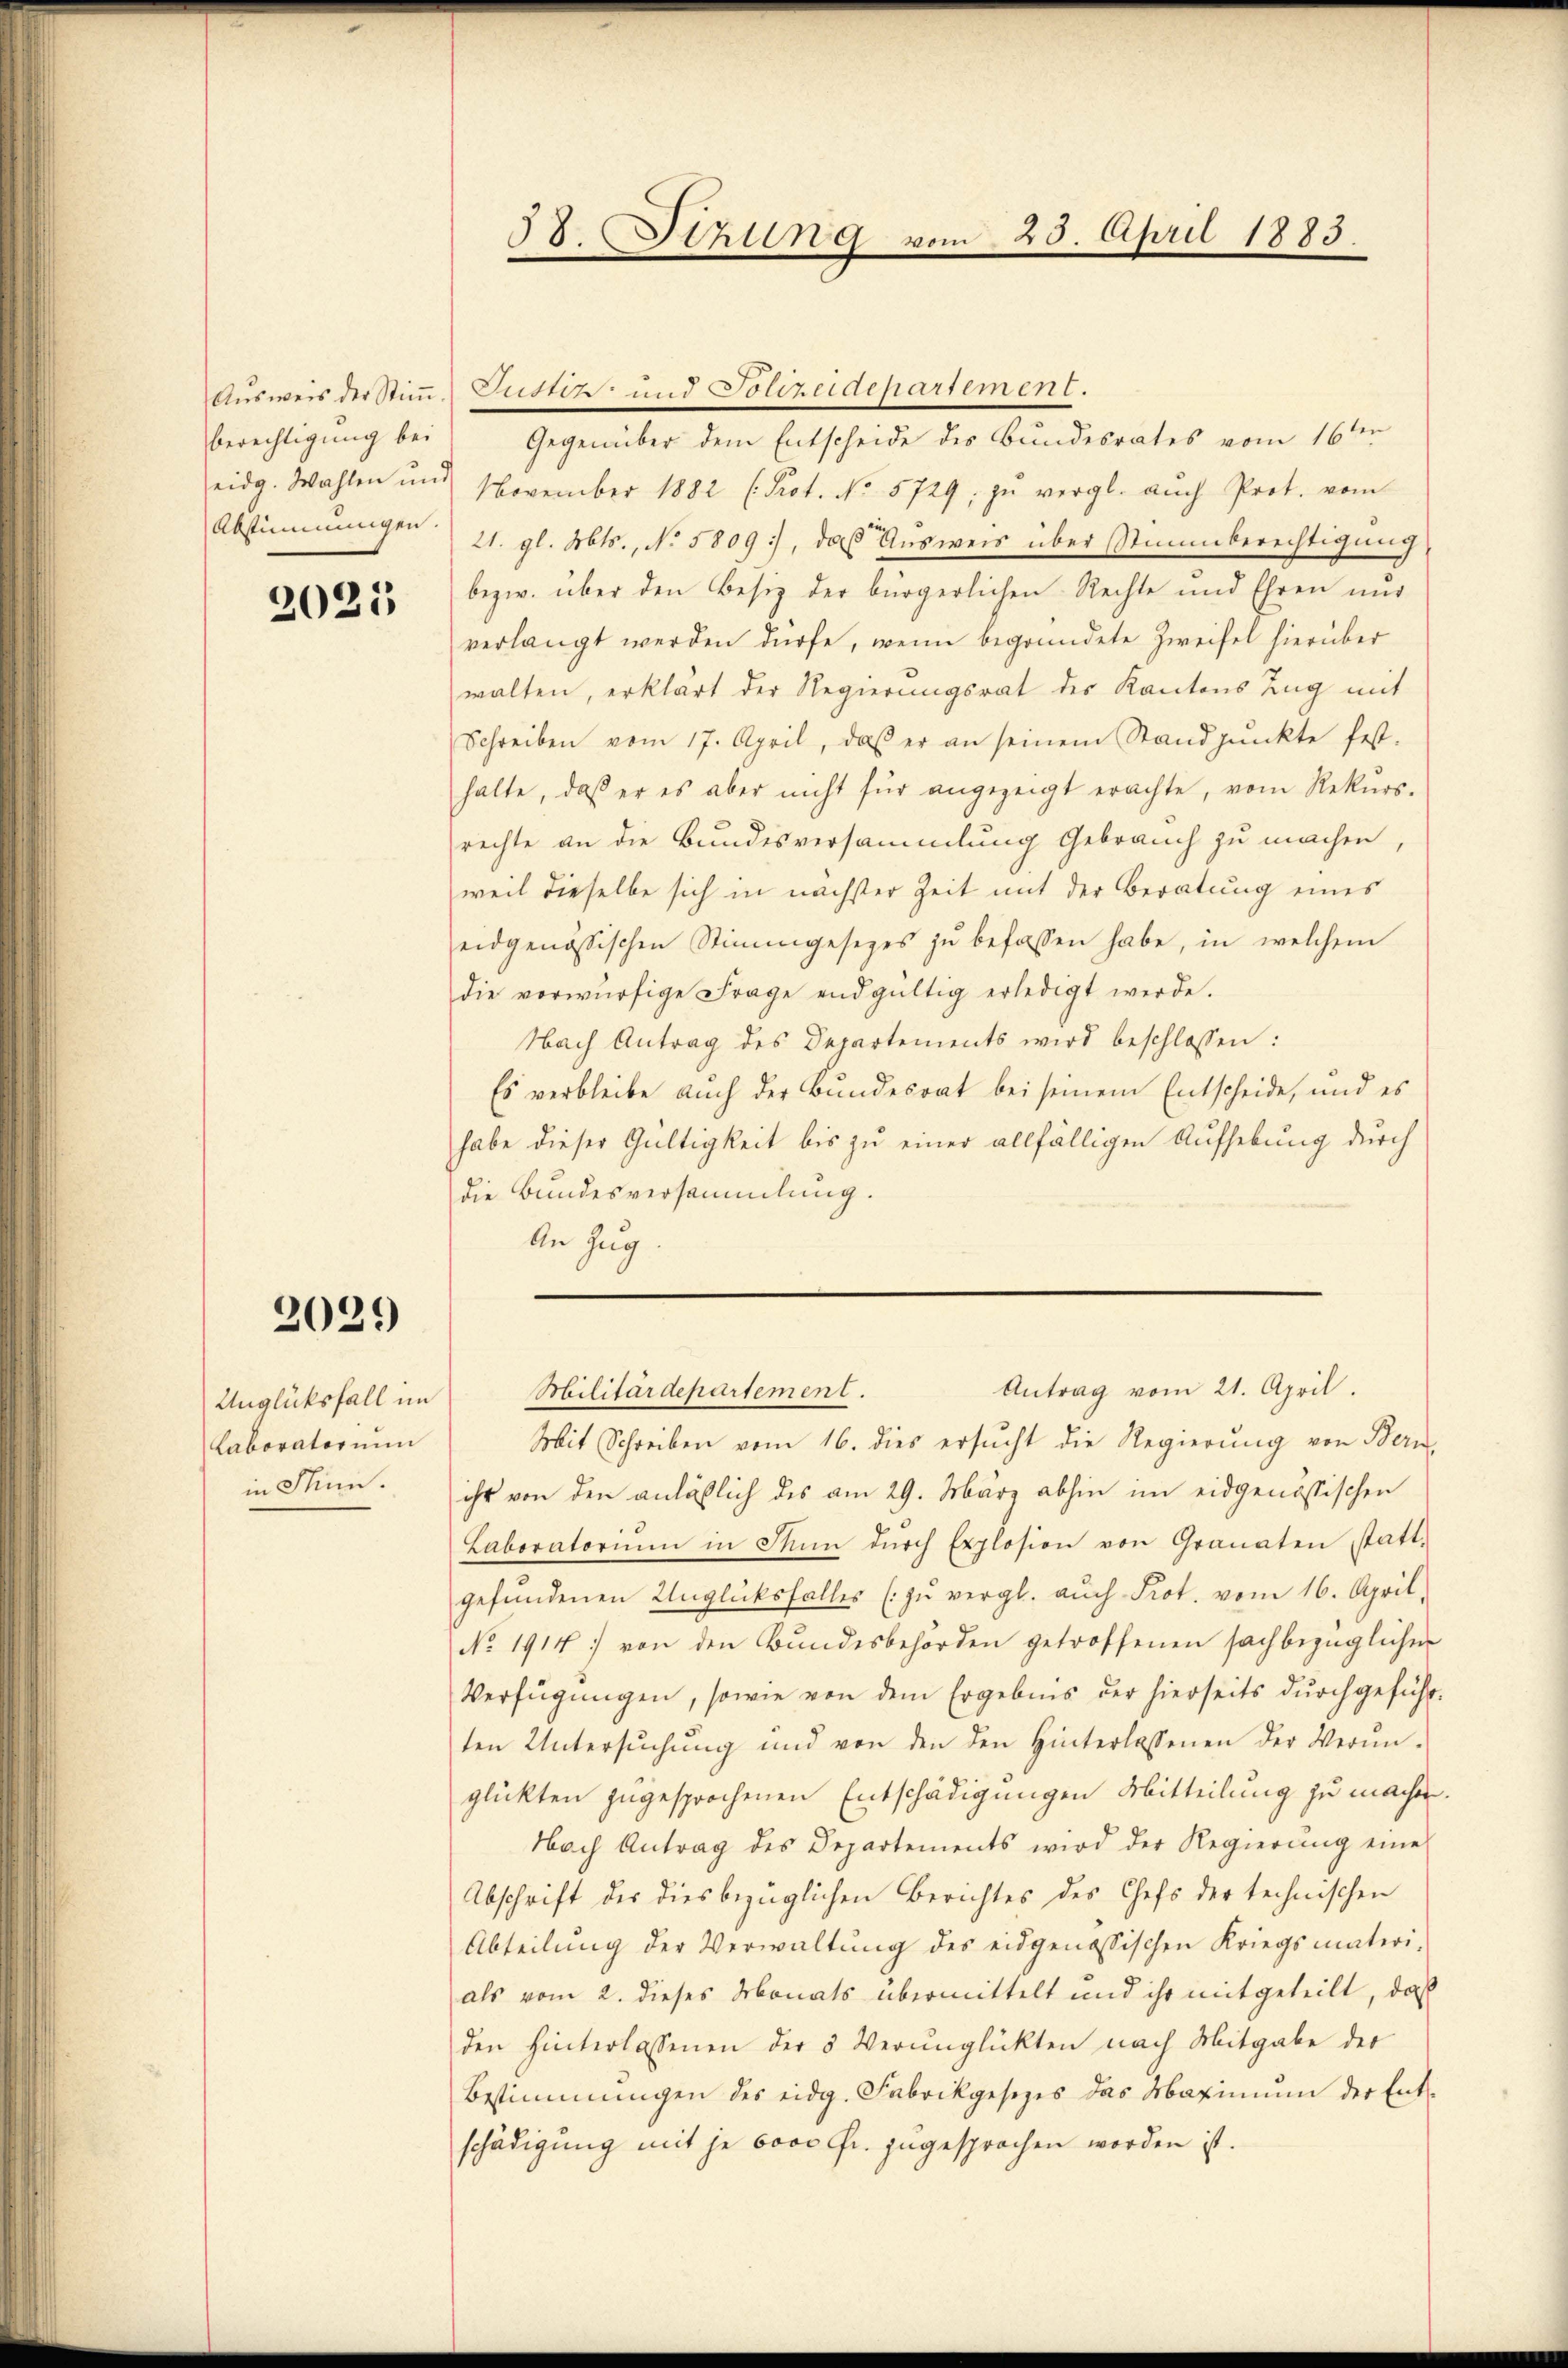
berechtigung bei

2021

2029

Unglücksfall im
Laboratorium
in Jun.

58. thung vom 25. April 1883.

Aŭsweis der Stiṁ- Justiz- und Polizeidepartement.
Gegenüber dem Entscheide des Bundesrates vom 16ten
eidg. Wahlen und November 1882 (Prot. No. 5729; zŭ vergl. auch Prot. vom
Abstimmungen 21. gl. Mts., No 5809), das Ausweis über Stimmberechtigung
bezw. über den Besitz der bürgerlichen Rechte und Ehren nur
verlangt werden dürfe, wenn begründete Zweifel hierüber
walten, erklärt der Regierungsrat des Kantons Zug mit
Schreiben vom 17. April, daβ er an seinem Standpŭnkte fest-
halte, daß er es aber nicht für angezeigt erachte, vom Rekŭrs-
rechte an die Bundesversammlung Gebrauch zu machen
weil dieselbe sich in nächster Zeit mit der Beratung eines
eidgenössischen Stimmgesezes zŭ befassen habe, in welchem
die vorwürfige Frage endgültig erledigt werde.
Nach Antrag des Departements wird beschlossen:
Es verbleibe auch der Bundesrat bei seinem Entscheide, und es
habe dieser Gültigkeit bis zu einer allfälligen Aufhebung durch
die Bundesversammlung.
An Zug.

Antrag vom 21. April.
Militärdepartement.

Mit Schreiben vom 16. dies ersucht die Regierung von Bern,
ihr von den anläßlich des am 29. März abhin im eidgenössischen
Laboratoriŭm in dem dŭrch Explosion von Granaten statt-
gefŭndenen Unglücksfalles (zŭ vergl. aŭch Prot. vom 16. April,
No. 1914) von den Bundesbehörden getroffenen sachbezüglichen
Verfügungen, sowie von dem Ergebnis der hierseits durchgeführten Untersŭchŭng und von den den Hinterlassenen der Verŭn-
glückten zugesprochenen Entschädigungen Mitteilung zu machen.
Nach Antrag des Departements wird der Regierung eine
Abschrift der dies bezüglichen Berichtes des Chefs der technischen
Abteilŭng der Verwaltŭng des eidgenössischen Kriegsmateri-
als vom 2. dieses Monats übermittelt und ihr mitgeteilt, daß
den hinterlassenen der 5 Verunglückten nach Mitgabe der
Bestimmungen des eidg. Fabrikgesezes das Maximŭm der Ent-
schädigung mit je bovo Fr. zugesprochen worden ist.